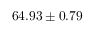
6 4 . 9 3 \pm 0 . 7 9